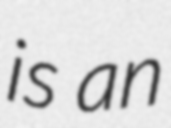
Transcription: is an